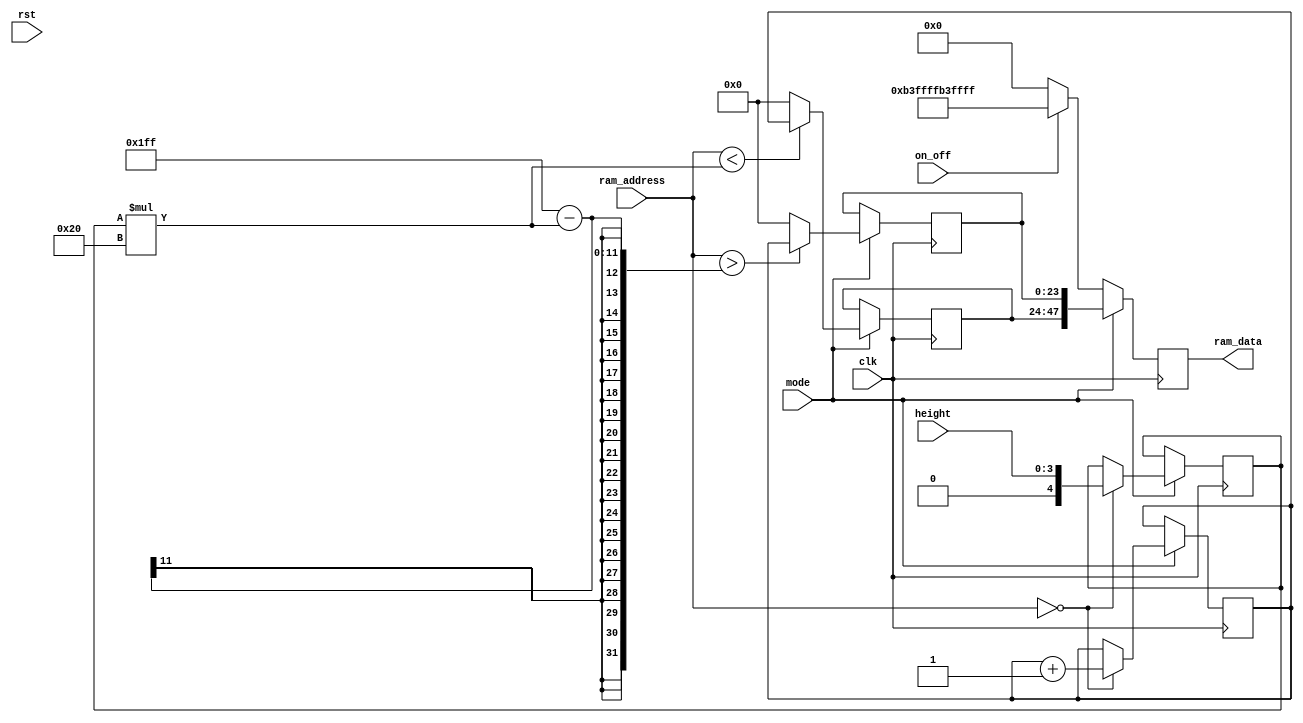
module animationV(clk, rst, height, ram_address, ram_data, mode, on_off);
input clk, rst, mode, on_off; //0 is home mode; 1 is party mode 
input [8:0] ram_address;
output reg [47:0] ram_data;
reg [23:0] top, bottom;

input[3:0] height;
reg [4:0] inner_height;
reg [23:0] color;
reg addsub;
//parameter height = 9;
initial begin
top<=0;
bottom<=0;
ram_data <=0;
inner_height<=0;
color<=0;
addsub<=0;
end

//Top half of panel is controlled by last 24 bits of ram_data

always @ (posedge clk) begin

if ( mode == 1'b1) begin
	if (ram_address == 0) begin
		color<= color+1'b1;
		inner_height<={0,height};
	end
	bottom <= {24{1'b0}};
	top <= {24{1'b0}};

	if (ram_address > 512 - 1 - $unsigned(inner_height)* 32 ) begin
		top <= color;
		//bottom <= {24{1'b0}};
	end
	if (ram_address < $unsigned(inner_height) * 32) begin
		//top <= {24{1'b0}};
		bottom <= color;
	end
	
	ram_data <= {bottom, top};
end 
	
else begin
	if (on_off == 1'b1) begin
		ram_data <= {8'd179, 8'd255, 8'd255, 8'd179, 8'd255, 8'd255};
	end
	else begin
		ram_data <= 48'b0;
	end
end
	
end

endmodule